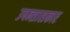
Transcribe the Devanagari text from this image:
उपन्सासकार